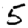
Digit: 5